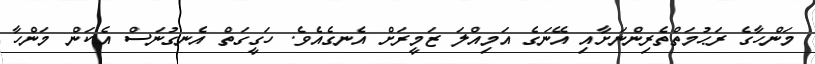
މަންހާގެ ރަޙުމަތްތެރިންނަށާއި އޭނަގެ އަމިއްލަ ޒަމީރަށް އެނގެއެވެ. ހަގީގަތް އެނގުނަސް އެކަން މަންހާ